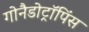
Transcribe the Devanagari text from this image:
गोनैडोट्रॉपिंस